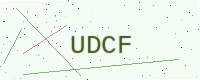
Text: UDCF